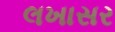
લખાસર